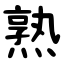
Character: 熟